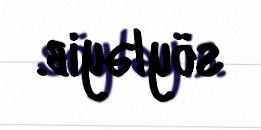
söyləyib.